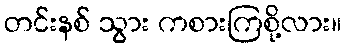
တင်းနစ် သွား ကစားကြစို့လား။